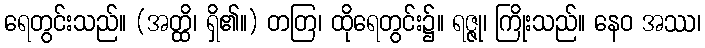
ရေတွင်းသည်။ (အတ္ထိ၊ ရှိ၏။) တတြ၊ ထိုရေတွင်း၌။ ရဇ္ဇု၊ ကြိုးသည်။ နေဝ အဿ၊